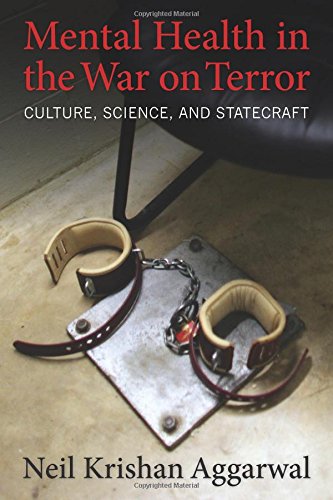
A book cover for Mental Health in the War on Terror: Culture, Science, and Statecraft; Neil K. Aggarwal; Medical Books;